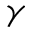
\gamma